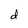
Character: d